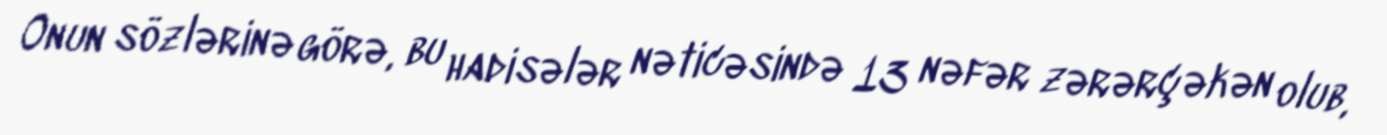
Onun sözlərinə görə, bu hadisələr nəticəsində 13 nəfər zərərçəkən olub,